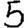
Digit: 5